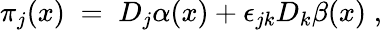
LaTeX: \pi_{j}(x)\; =\; D_{j}\alpha(x)+\epsilon_{jk}D_{k}\beta(x)\; ,